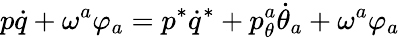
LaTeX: p\dot{q}+\omega^{a}\varphi_{a}=p^{*}\dot{q}^{*}+p_{\theta}^{a}\dot{\theta}_{a}+\omega^{a}\varphi_{a}